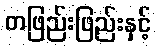
တဖြည်းဖြည်းနှင့်